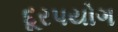
દૂરપયોગ